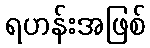
ရဟန်းအဖြစ်